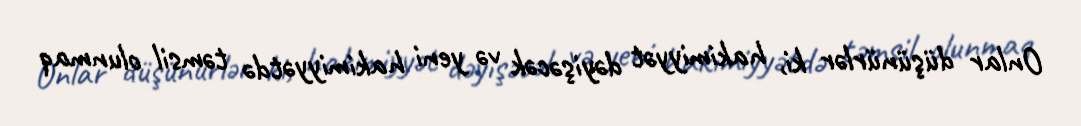
Onlar düşünürlər ki, hakimiyyət dəyişəcək və yeni hakimiyyətdə təmsil olunmaq